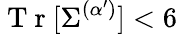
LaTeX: \mathrm{~T~r~}[\Sigma^{(\alpha^{\prime})}]<6